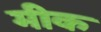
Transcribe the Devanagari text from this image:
मीक